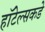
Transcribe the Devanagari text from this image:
हॉटेल्सकडे